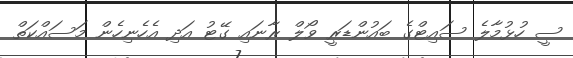
ސީ ހުޅުމާލެ ސައިޓްގެ ބައުންޑަރީ ވޯލް ރާނައި ގޭޓު އަދި އެހެނިހެން މަސައްކަތް